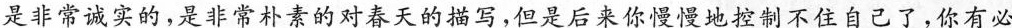
是非常诚实的，是非常朴素的对春天的描写，但是后来你慢慢地控制不住自己了，你有必